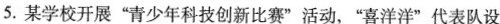
5.某学校开展“青少年科技创新比赛”活动，“喜洋洋”代表队设